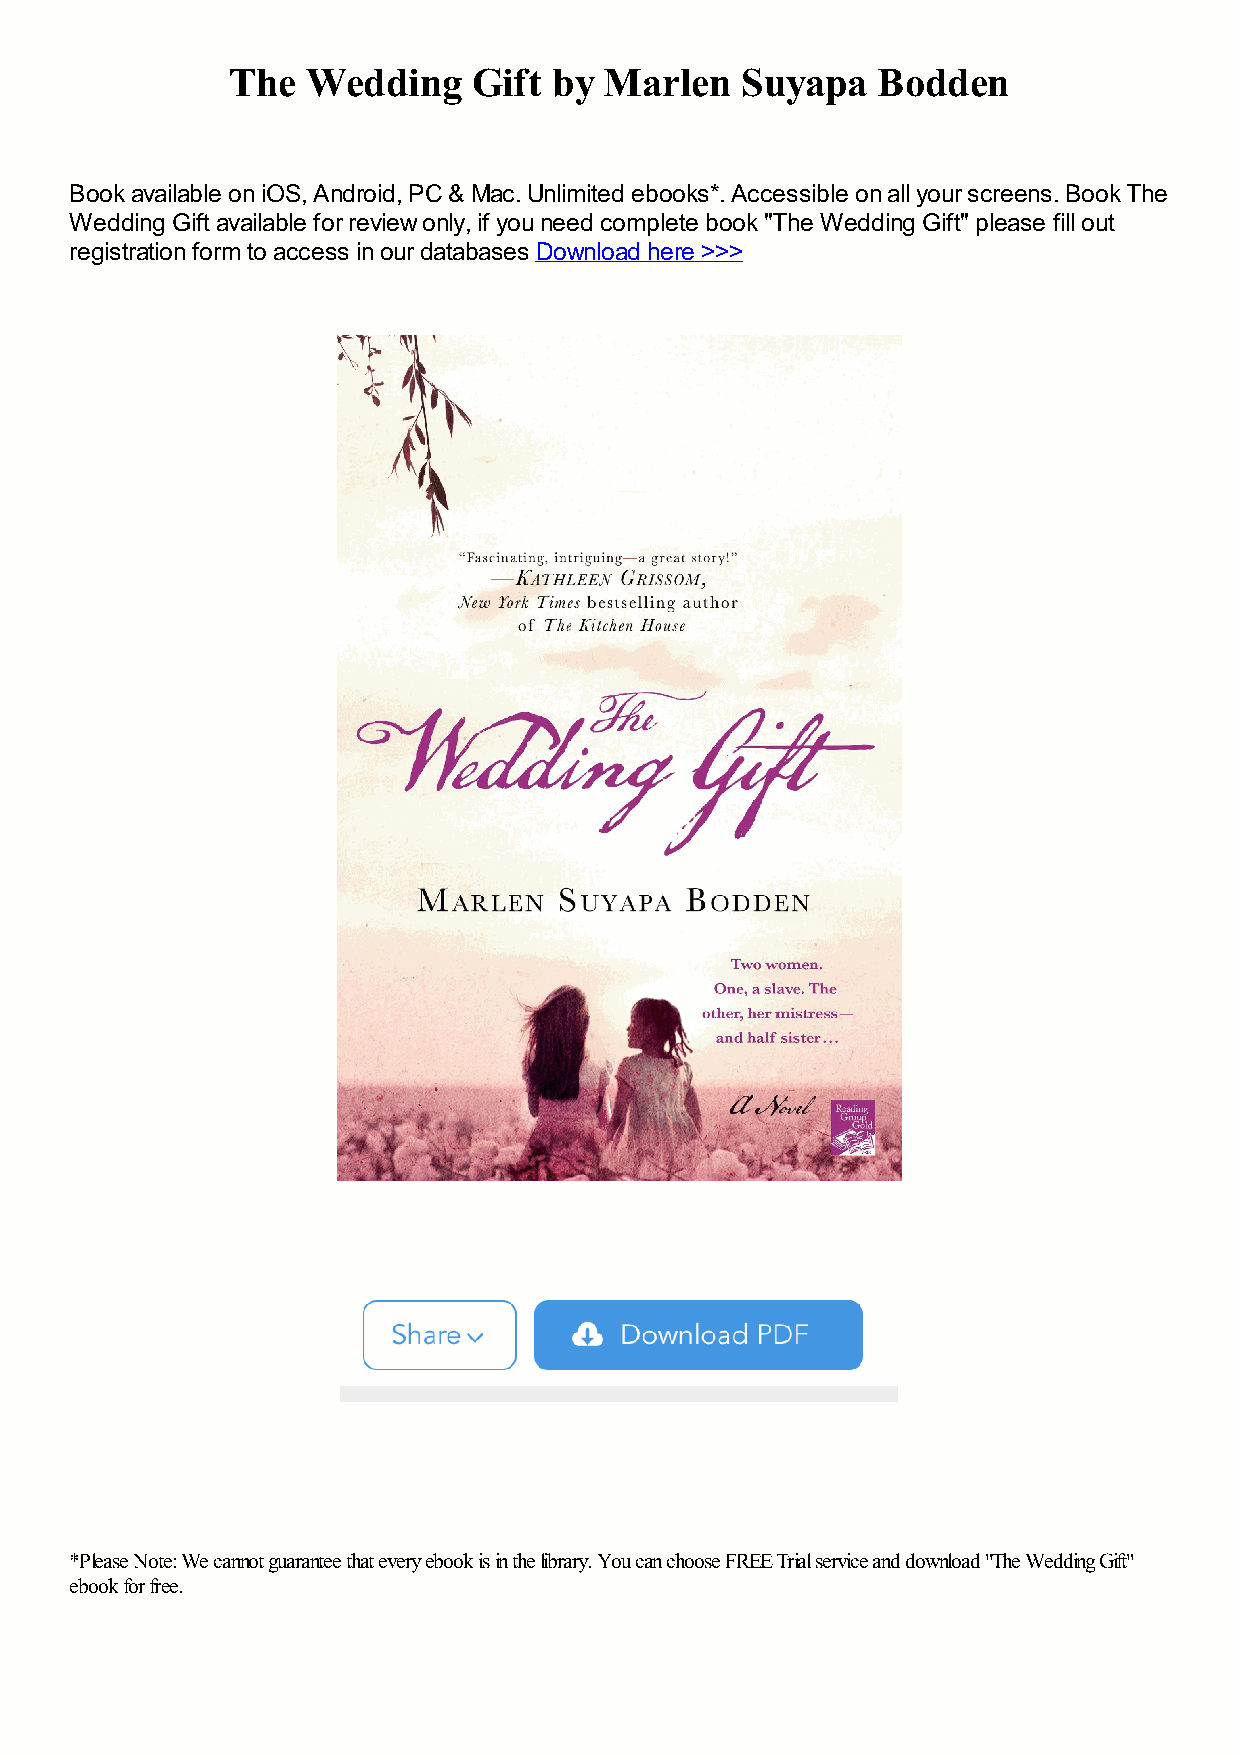
The  Wedding    Gift  by Marlen   Suyapa   Bodden
 Book available on iOS, Android, PC & Mac. Unlimited ebooks*. Accessible on all your screens. Book The
 Wedding Gift available for review only, if you need complete book "The Wedding Gift" please fill out
 registration form to access in our databases Download here >>>
 *Please Note: We cannot guarantee that every ebook is in the library. You can choose FREE Trial service and download "The Wedding Gift"
 ebook for free.